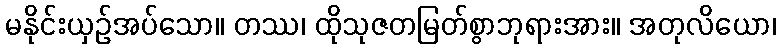
မနိုင်းယှဉ်အပ်သော။ တဿ၊ ထိုသုဇတမြတ်စွာဘုရားအား။ အတုလိယော၊